Burma Government Medical School reports 1923-41
Year: 1923
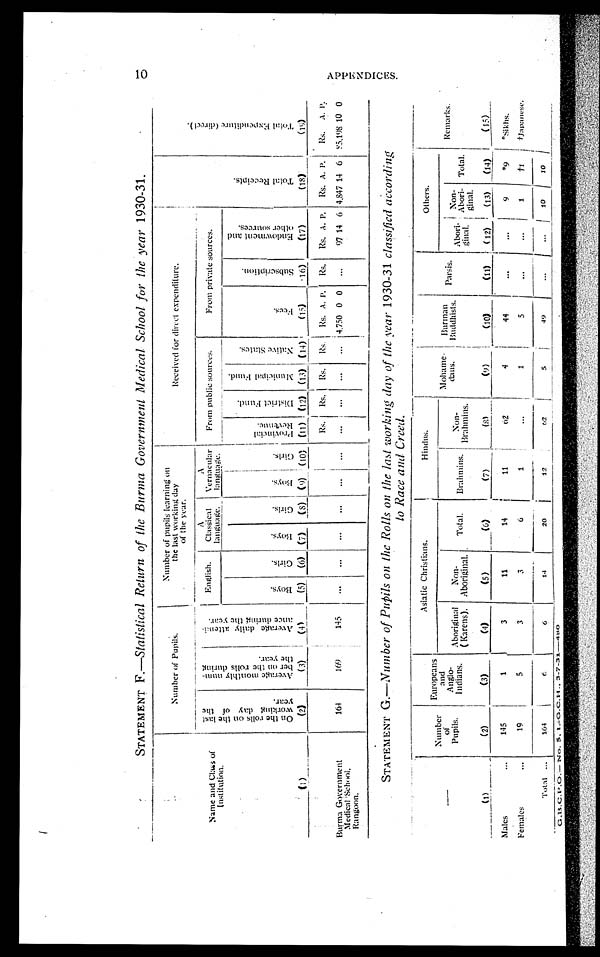
STATEMENT F.—Statistical Return of the Burma Government Medical School for the year 1930-31. 10
Name and Class of
Institution. ( 1 )
Number of Pupils.
Number of pupils learning on
the last working day
of the year.
Received for direct expenditure.
T o t a l R e c e i p t s .
( 1 8 )
T o t a l E x p e n d i t u r e ( d i r e c t ) .
( 1 9 )
O n t h e r o l l s o n t h e l a s t w o r k i n g d a y o f t h e y e a r .(
2 )
A v e r a g e m o n t h l y n u m - b e r o n t h e r o l l s d u r i n g t h e y e a r .
( 3 )
A v e r a g e d a i l y a t t e n d - a n c e d u r i n g t h e y e a r .
( 4 ) E n g l i s h .
A C l a s s i c a l l a n g u a g e .
A V e r n a c u l a r l a n g u a g e .
From public sources.
From private sources.
B o y s .
( 5 )
G i r l s .
( 6 )
B o y s .
( 7 )
G i r l s .
( 8 )
B o y s .
( 9 )
G i r l s .
( 1 0 )
P r o v i n c i a l R e v e n u e .
( 1 1 )
D i s t r i c t F u n d .
( 1 2 )
M u n i c i p a l F u n d .
( 1 3 )
N a t i v e S t a t e s .
( 1 4 )
F e e s .
( 1 5 )
S u b s c r i p t i o n .
( 1 6 )
E n d o w m e n t a n d o t h e r s o u r c e s .
( 1 7 )
Rs.
R s .
Rs. Rs.
R s .
A.
P .
Rs.
R s .
A. P. Rs.
A .
P. Rs. A. P.
Burma Government
Medical School,
Rangoon.
164
169
145
... ...
... ...
... ...
. . .
. . .
. . .
. . .
4 , 7 5 0
0 0 . . .
97 14 6 4,847 14 6
8 5 , 1 9 8
10 0
STATEMENT G.—Number of Pupils on the Rolls on the last working day of the year 1930-31 classified according
to Race and Creed.
— ( 1 )
Number of Pupils.
(2)
Europeans
and
Anglo-
Indians.
(3)
Asiatic Christians.
Hindus.
Moh
ame-dans.
(9)
B u r m a n B u d d h i s t s .
( 1 0 )
Parsis. (11)
Others.
Remarks.
(15)
Aboriginal (Kerens).
(4)
Non-
Aboriginal.
(5)
Total.
(6)
Brahmi
ns. (7)
Non-
Brahmins.
(8)
A b o r i - g i n a l .
( 1 2 )
Non-
Abori-ginal. (13) Total.
(14)
Males
1 4 5
1
3
11
14
11
62
4
4 4
...
...
9
* 9
* S i k h s .
Females
19
5
3
3
6
1
. . .
1
5
. . .
. . .
1
† 1 †Japanese.
T o t a l
164
6
6
14
2 0
12
6 2
5
49
... ...
1 0 1 0
G . B . C . P . O . — N O . 5 . 1 . - G . C . H . - 3 - 7 - 3 1 — 4 8 0